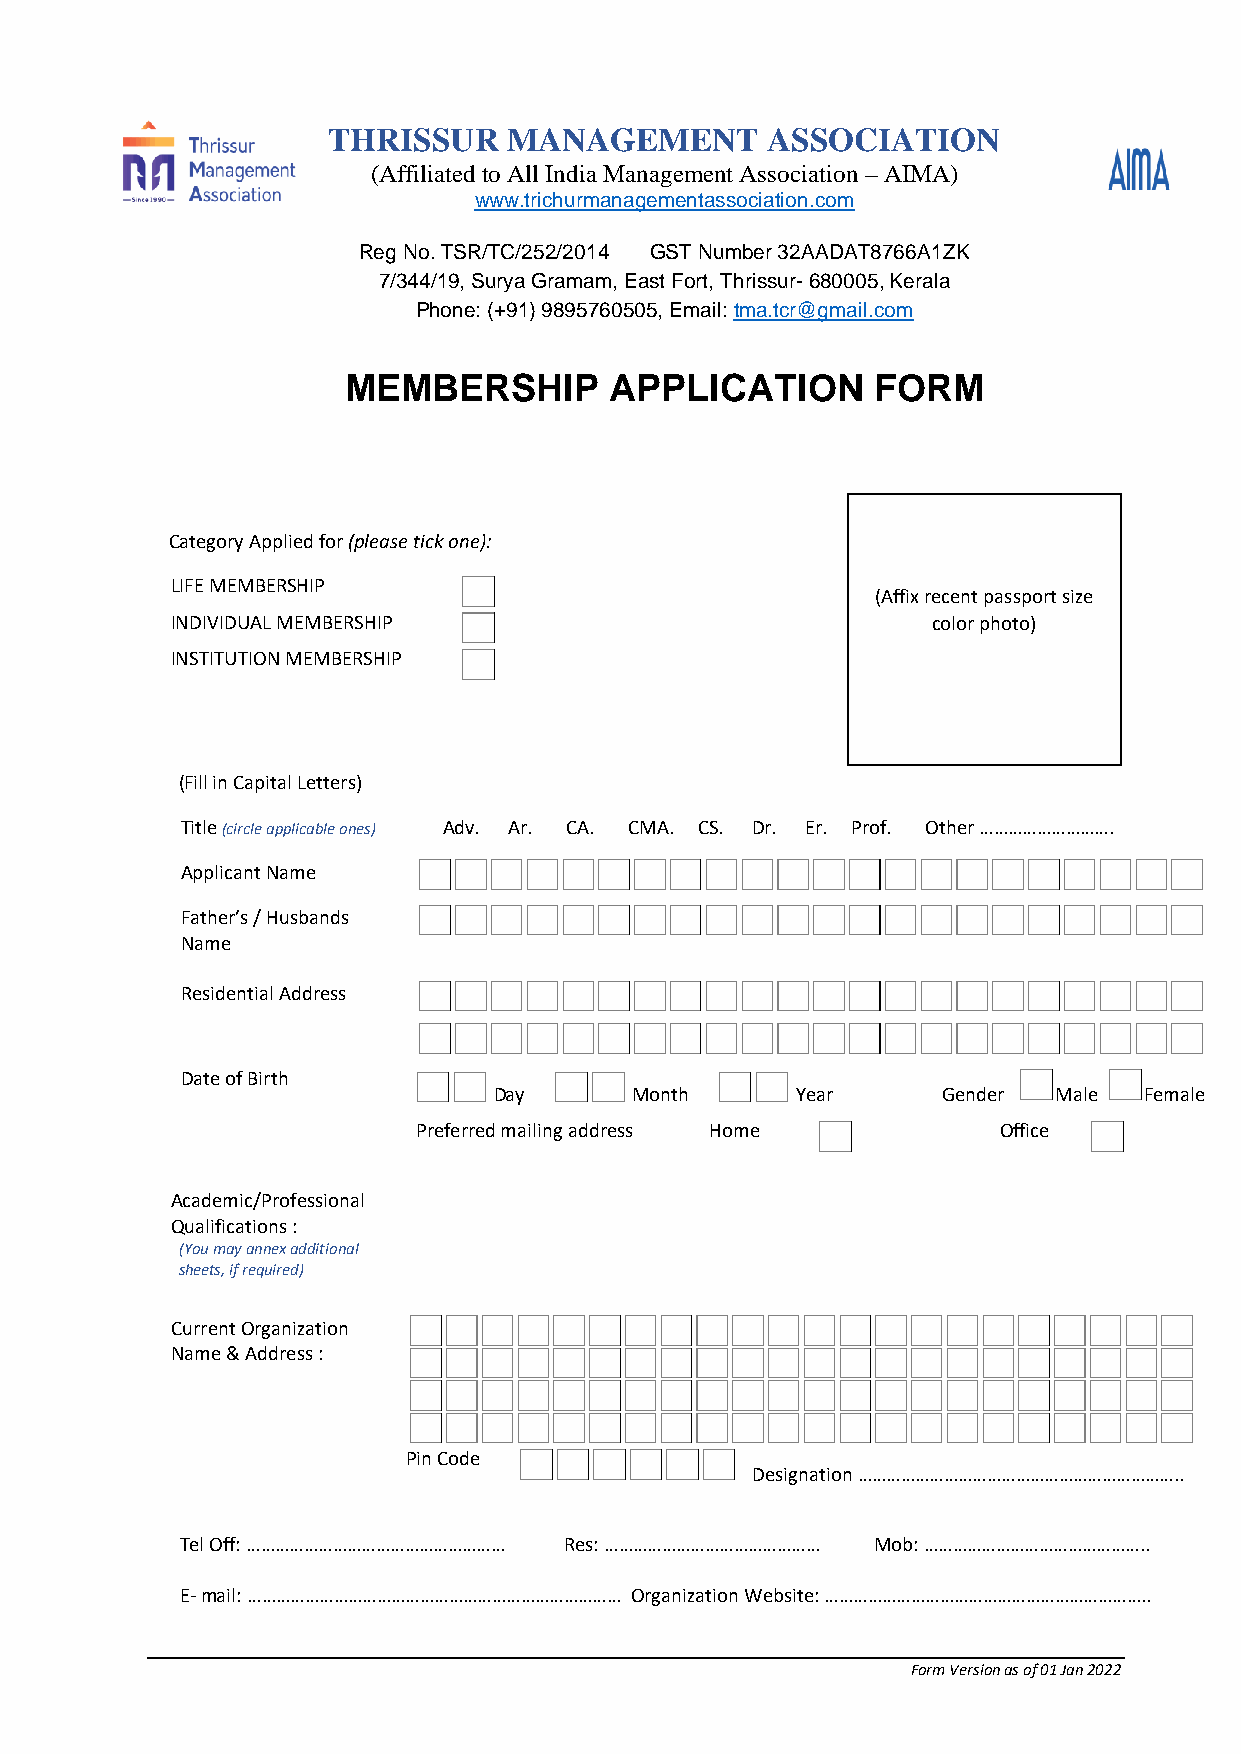
THRISSUR    MANAGEMENT       ASSOCIATION
 (Affiliated to All India Management Association – AIMA)
 www.trichurmanagementassociation.com
 Reg No. TSR/TC/252/2014 GST Number 32AADAT8766A1ZK
 7/344/19, Surya Gramam, East Fort, Thrissur- 680005, Kerala
 Phone: (+91) 9895760505, Email: tma.tcr@gmail.com
 MEMBERSHIP       APPLICATION       FORM
 Category Applied for (please tick one):
 LIFE MEMBERSHIP
 (Affix recent passport size
 INDIVIDUAL MEMBERSHIP                              color photo)
 INSTITUTION MEMBERSHIP
 (Fill in Capital Letters)
 Title (circle applicable ones) Adv. Ar. CA. CMA. CS. Dr. Er. Prof. Other ……………………….
 Applicant Name
 Father’s / Husbands
 Name
 Residential Address
 Date of Birth
 Day      Month      Year     Gender  Male  Female
 Preferred mailing address Home        Office
 Academic/Professional
 Qualifications :
 (You may annex additional
 sheets, if required)
 Current Organization
 Name & Address :
 Pin Code
 Designation …………………………………………………………..
 Tel Off: ……………………………………………… Res: ……………………………………… Mob: ………………………………………..
 E- mail: …………………………………………………………………… Organization Website: …………………………………………………………..
 Form Version as of 01 Jan 2022